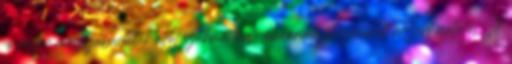
jó régen megszabadultak ettől szakmailag-emberileg megbukott álszent nullától Itt